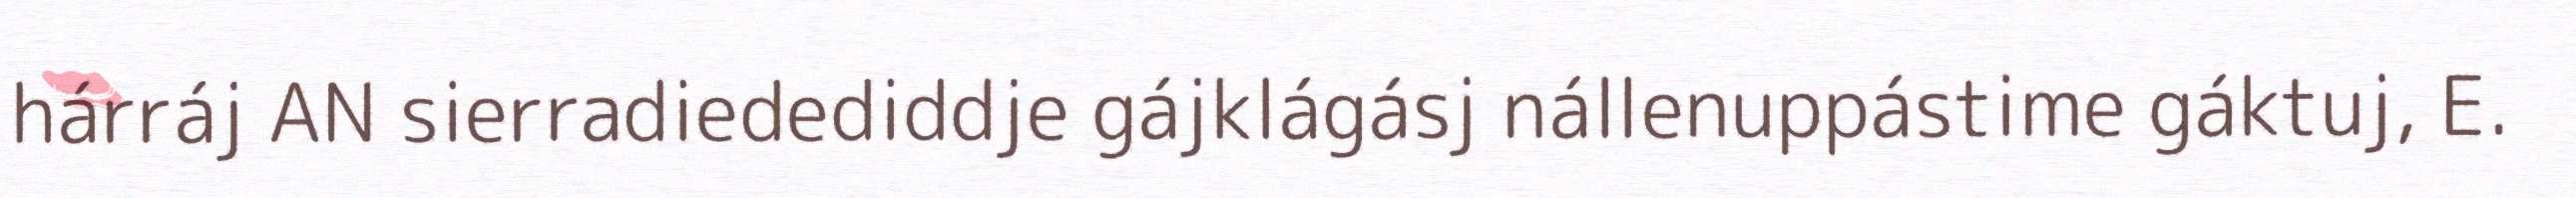
hárráj AN sierradiedediddje gájklágásj nállenuppástime gáktuj, E.